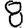
Digit: 8